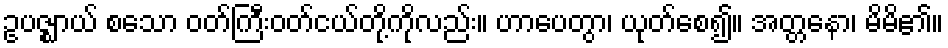
ဥပဇ္ဈာယ် စသော ဝတ်ကြီးဝတ်ငယ်တို့ကိုလည်း။ ဟာပေတွာ၊ ယုတ်စေ၍။ အတ္တနော၊ မိမိ၏။